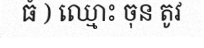
ធំ ) ឈ្មោះ ចុន តូវ